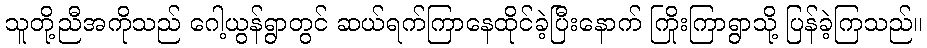
သူတို့ညီအကိုသည် ဂေါ့ယွန်ရွာတွင် ဆယ်ရက်ကြာနေထိုင်ခဲ့ပြီးနောက် ကြိုးကြာရွာသို့ ပြန်ခဲ့ကြသည်။